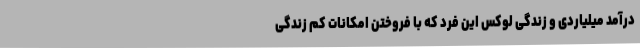
درآمد میلیاردی و زندگی لوکس این فرد که با فروختن امکانات کم زندگی